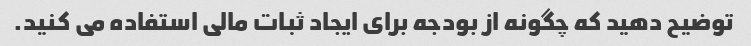
توضیح دهید که چگونه از بودجه برای ایجاد ثبات مالی استفاده می کنید.